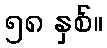
၅၈ နှစ်။